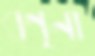
বণৃনা